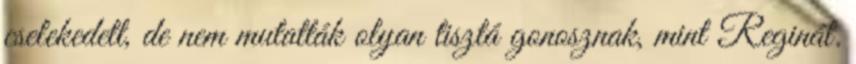
cselekedett, de nem mutatták olyan tisztá gonosznak, mint Reginát.